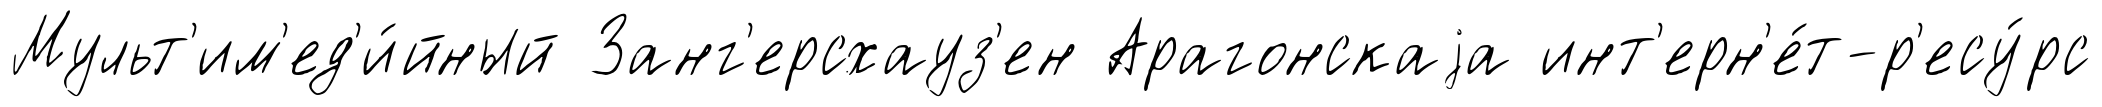
Мульт'им'ед'и́йный Занг'ерсхауз'ен Арагонскаjа инт'ерн'е́т-р'есу́рс